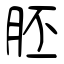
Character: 胚